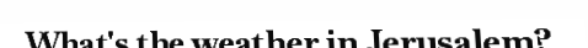
What's the weather in Jerusalem?